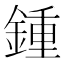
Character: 鍾